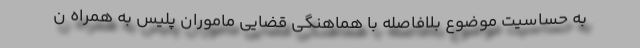
به حساسیت موضوع بلافاصله با هماهنگی قضایی ماموران پلیس به همراه ن